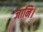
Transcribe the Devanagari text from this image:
जानि।